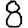
Digit: 8